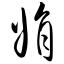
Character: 娟